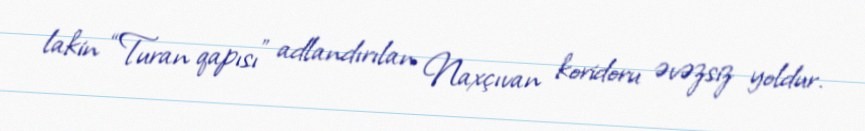
lakin “Turan qapısı” adlandırılan Naxçıvan koridoru əvəzsiz yoldur.